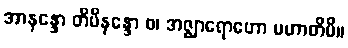
အာနန္ဒော တိမိနန္ဒော စ၊ အဇ္ဈာရောဟော မဟာတိမိ။